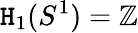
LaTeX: \mathtt{H}_{1}(S^{1})=\mathbb{{Z}}